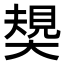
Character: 𡙭